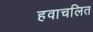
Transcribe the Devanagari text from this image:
हवाचलित